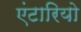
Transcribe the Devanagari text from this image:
एंटारियो